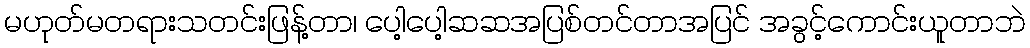
မဟုတ်မတရားသတင်းဖြန့်တာ၊ ပေါ့ပေါ့ဆဆအပြစ်တင်တာအပြင် အခွင့်ကောင်းယူတာဘဲ